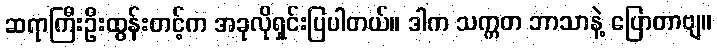
ဆရာကြီးဦးထွန်းတင့်က အခုလိုရှင်းပြပါတယ်။ ဒါက သက္ကတ ဘာသာနဲ့ ပြောတာဗျ။